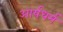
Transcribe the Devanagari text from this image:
आर्यधर्म